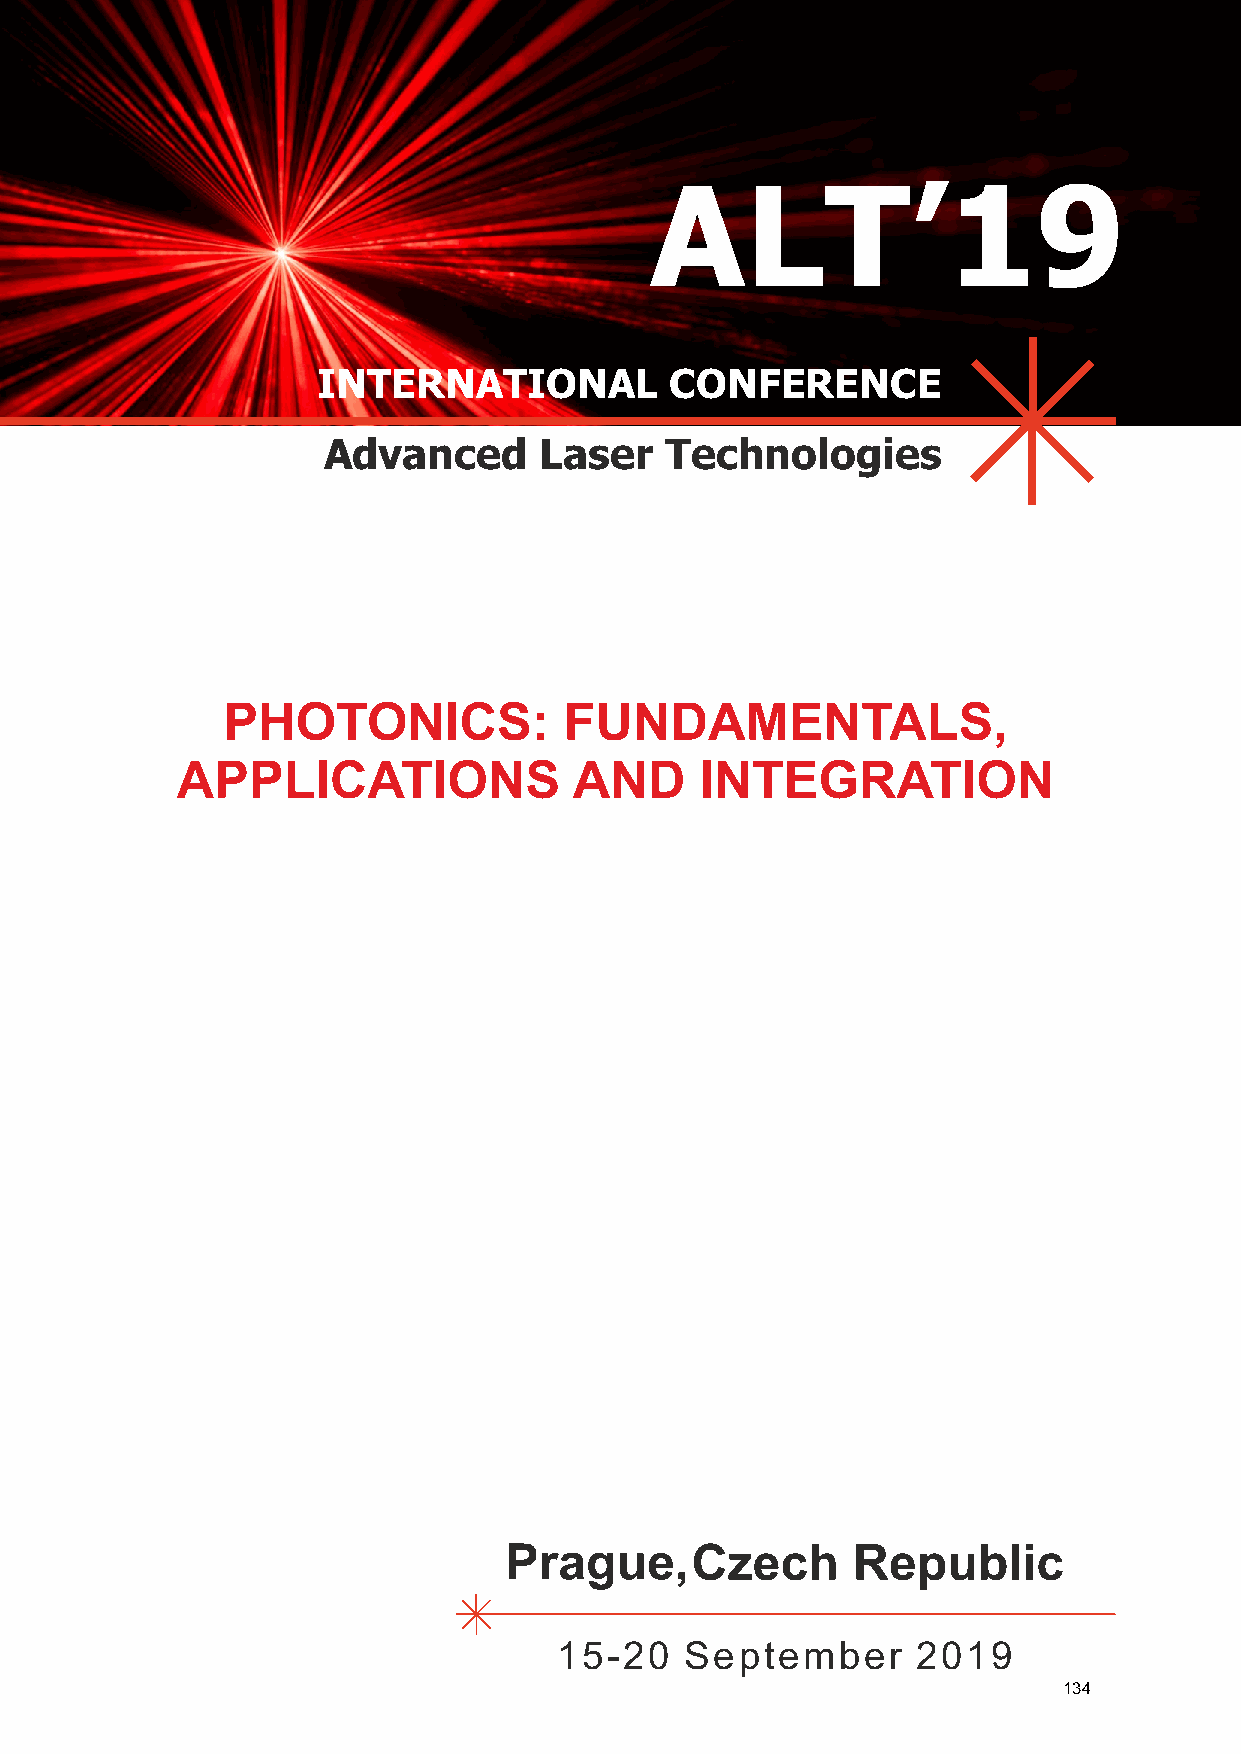
ALT’19
 INTERNATIONAL          CONFERENCE
 Advanced       Laser   Technologies
 LASER                SYSTEMS                      AND           MATERIALS
 PHOTONICS:            FUNDAMENTALS,
 APPLICATIONS              AND     INTEGRATION
 Prague,Czech           Republic
 15-20   September       2019
 134